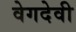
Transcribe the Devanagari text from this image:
वेगदेवी